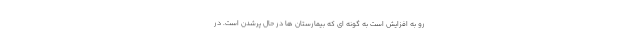
رو به افزایش است به گونه ای که بیمارستان ها در حال پرشدن است. در